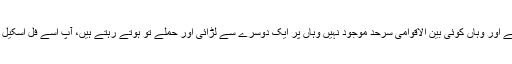
کشمیر متنازعہ علاقہ ہے اور وہاں کوئی بین الاقوامی سرحد موجود نہیں وہاں پر ایک دوسرے سے لڑائی اور حملے تو ہوتے رہتے ہیں، آپ اسے فل اسکیل وار تو نہیں کہہ سکتے۔